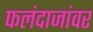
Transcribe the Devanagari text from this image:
फलंदाजांवर